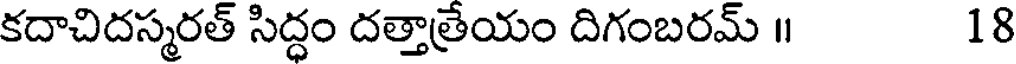
కదాచిదస్మరత్ సిద్ధం దత్తాత్రేయం దిగంబరమ్ ॥ 18